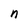
Character: n